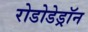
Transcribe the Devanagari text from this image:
रोडोडेड्रॉन